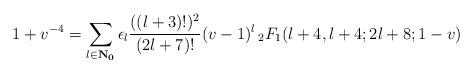
LaTeX: \begin{align*}1+v^{-4}=\sum_{l \in \bf{N}_0} \epsilon_l \frac{((l+3)!)^2}{(2l+7)!} (v-1)^l \, _2F_1(l+4, l+4; 2l+8;1-v)\end{align*}